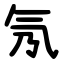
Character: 氖